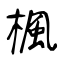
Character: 楓